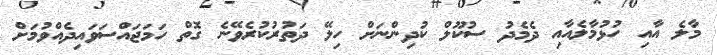
މާލެ އާއި ހުޅުމާލެއާއި ދެމެދު ސުކޫލް ކުދިންނަށް ހިލޭ ދަތުރުކުރެވޭނެ ގޮތް ހަމަޖައްސަވައިދެއްވުމަށް